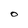
Character: O